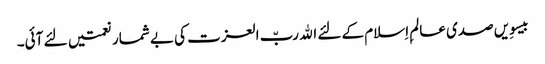
بیسوِیں صدی عالمِ اِسلام کے لئے اﷲ ربّ العزت کی بے شمار نعمتیں لئے آئی۔